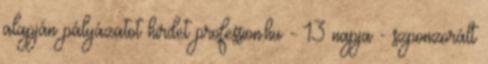
alapján pályázatot hirdet profession.hu - 13 napja - szponzorált